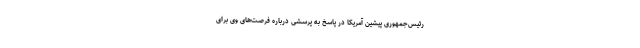
رئیس‌جمهوری پیشین آمریکا در پاسخ به پرسشی درباره فرصت‌های وی برای